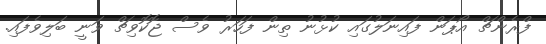
ފްރެންޗް އޯޕަން ފައިނަލުގައި ކުޅުނު ތިން ފަހަރު ވެސް ޖޮކޮވިޗް ވަނީ ބަލިވެފައި.